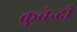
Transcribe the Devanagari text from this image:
कुवेन्दी